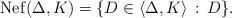
LaTeX: \begin{align*} {\rm Nef}(\Delta,K) = \{D\in\langle \Delta, K\rangle\, :\, D\}.\end{align*}